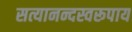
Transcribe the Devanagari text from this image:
सत्यानन्दस्वरूपाय